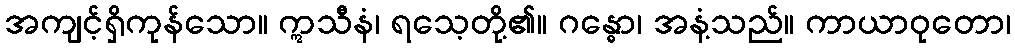
အကျင့်ရှိကုန်သော။ ဣသီနံ၊ ရသေ့တို့၏။ ဂန္ဓော၊ အနံ့သည်။ ကာယာဝုတော၊